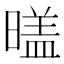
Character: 𣉼